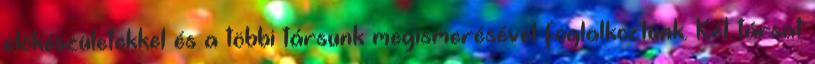
előkészületekkel és a többi társunk megismerésével foglalkoztunk. Két társat